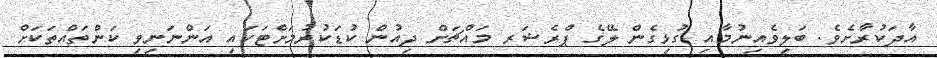
އާދަކުރާށެވެ. ބަލިވެއިނުމާއި ގުޅިގެން ލޭގެ ޕްރެޝަރ މައްޗަށް ދިއުން ކުޑަކުރުމަށްޓަކައި އަންނަނިވި ކަންތައްތަކަށް